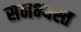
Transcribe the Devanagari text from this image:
समभ्यस्त